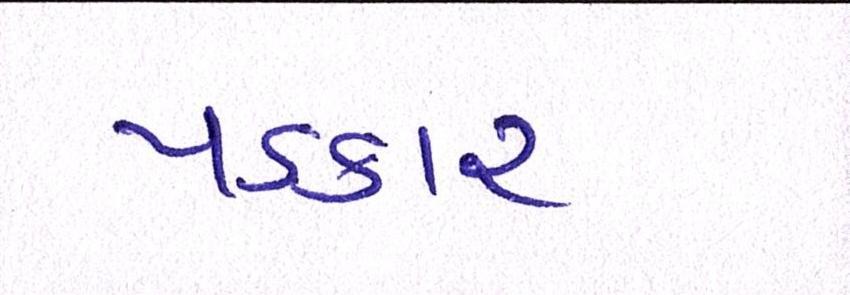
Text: પડકાર